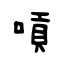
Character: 嗊